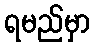
ရမည်မှာ